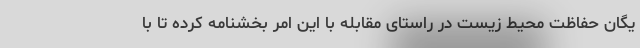
یگان حفاظت محیط زیست در راستای مقابله با این امر بخشنامه کرده تا با